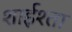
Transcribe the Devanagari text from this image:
शाईश्ता